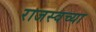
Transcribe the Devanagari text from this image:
राजस्वच्या